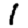
Digit: 1